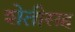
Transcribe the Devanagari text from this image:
शेतीसह